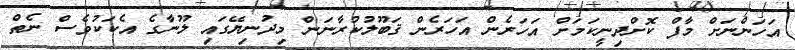
އަހަންނަށް މާފް ކޮށްދިނީކަމަށް އަހަރެން އަހަރެން ޤަބޫލުކުރާނަން މިދުނިޔޭގައި ލޫނާގެ އެކަކުވެސް ނެތް